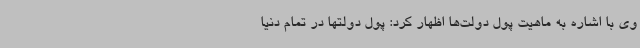
وی با اشاره به ماهیت پول دولت‌ها اظهار کرد: پول دولتها در تمام دنیا